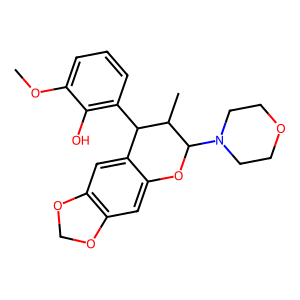
SMILES: COc1cccc(C2c3cc4c(cc3OC(N3CCOCC3)C2C)OCO4)c1O
Inhibits HIV replication: No